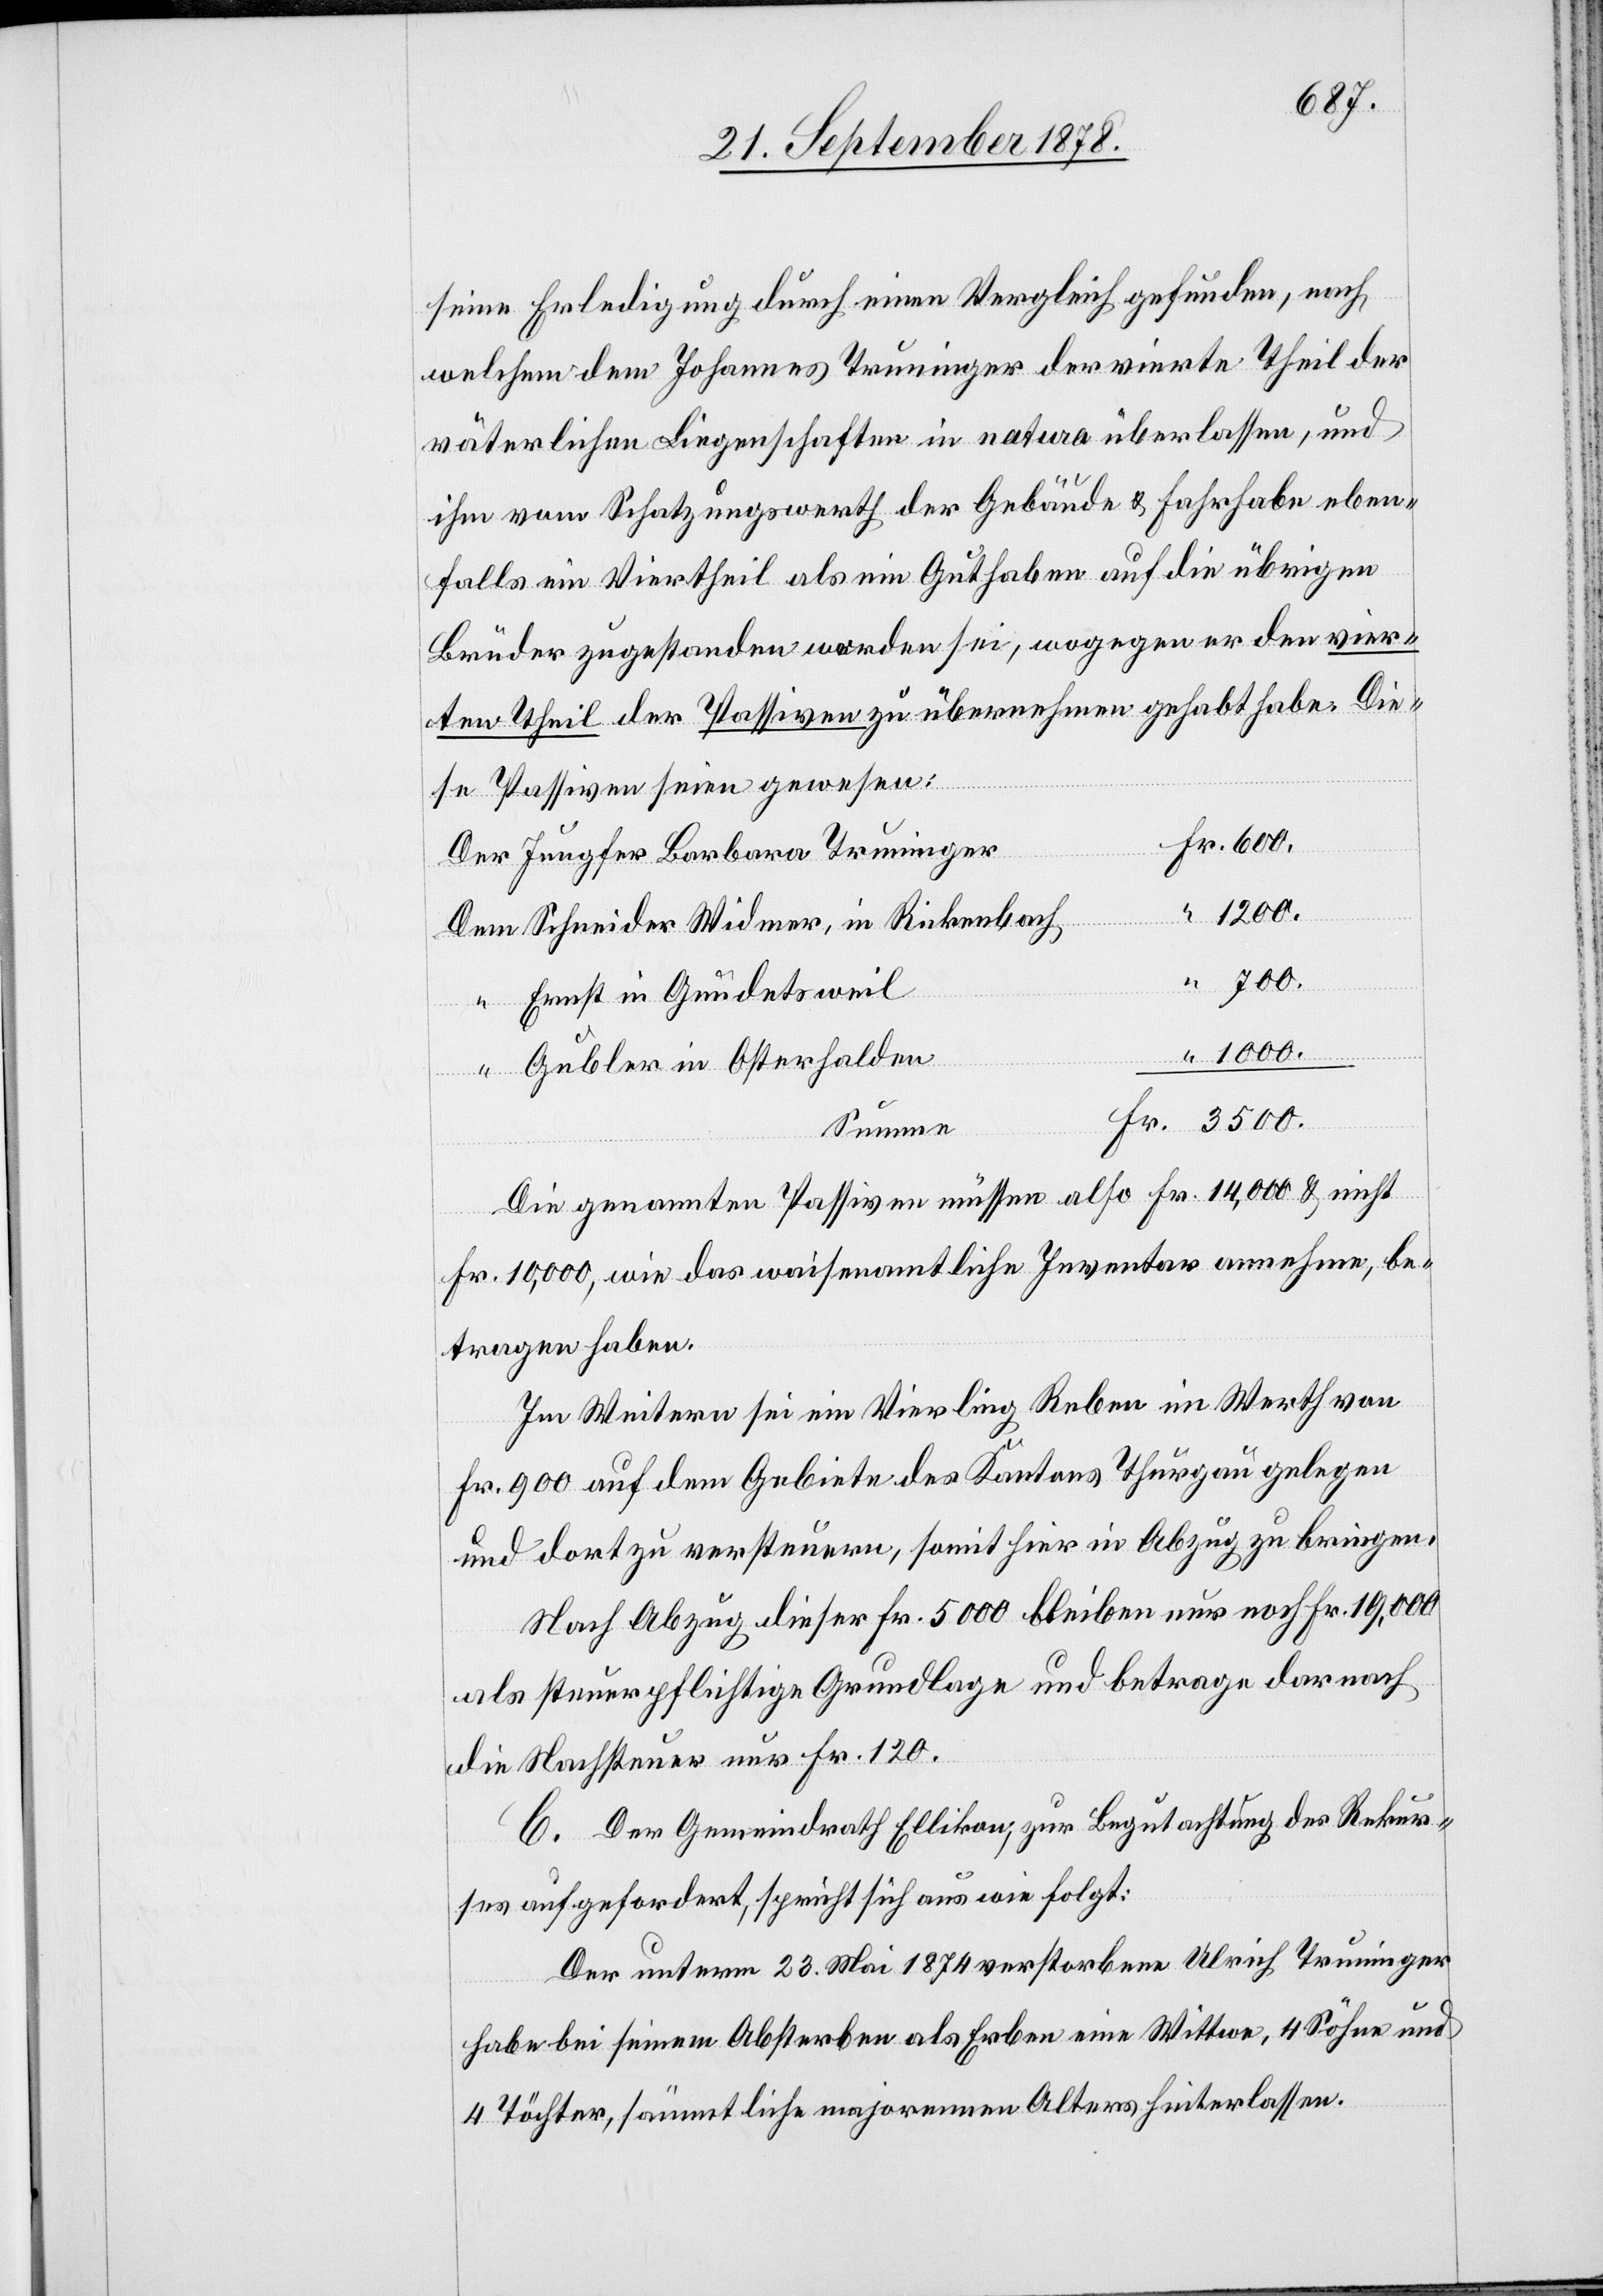
Fr.

600.
seine Erledigung durch einen Vergleich gefunden, nach
welchem dem Johannes Truninger der vierte Theil der
väterlichen Liegenschaften in natura überlassen, und
ihm vom Schatzungswerth der Gebäude & Fahrhabe eben¬
falls ein Viertheil als ein Guthaben auf die übrigen
Brüder zugestanden worden sei, wogegen er den vier¬
ten Theil der Passiven zu übernehmen gehabt habe. Die¬
se Passiven seien gewesen:
Der Jungfer Barbara Truninger
1200.
Dem Schneider Widmer, in Rickenbach
“ Ernst in Gundetsweil
“ Gubler in Osterhalden
Summe
Die genannten Passiven müssen also Fr. 14,000 & nicht
Fr. 10,000, wie das waisenamtliche Inventar annehme, be¬
tragen haben.
Im Weitern sei ein Vierling Reben im Werth von
Fr. 900 auf dem Gebiete des Kantons Thurgau gelegen
und dort zu versteuern, somit hier in Abzug zu bringen.
Nach Abzug diese Fr. 5000 bleiben nur noch Fr. 19,000
als steuerpflichtige Grundlage und betrage darnach
die Nachsteuer nur Fr. 120.
C. Der Gemeindrath Ellikon, zur Begutachtung des Rekur¬
ses aufgefordert, spricht sich aus wie folgt:
Der unterm 23. Mai 1874 verstorbene Ulrich Truninger
habe bei seinem Absterben als Erben eine Wittwe, 4 Söhne und
4 Töchter, sämmtliche majorennen Alters hinterlassen.